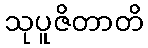
သုပူဇိတာတိ